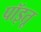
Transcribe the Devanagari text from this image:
पॉइतू